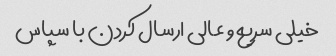
خیلی سریع و عالی ارسال کردن با سپاس